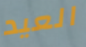
العيد